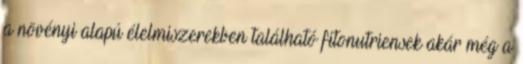
a növényi alapú élelmiszerekben található fitonutriensek akár még a